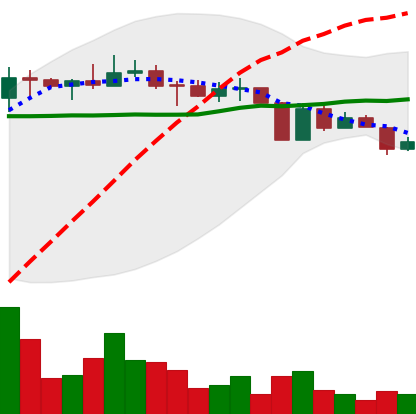
Ticker: ETC-USD
Chart end date: 2022-04-12
Forward return: -3.842%
Label: down_3_5